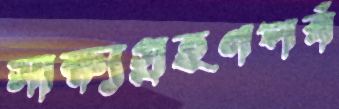
সাক্ষ্যগ্রহণপর্ব